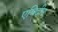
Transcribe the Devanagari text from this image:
एबिदीन